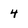
Character: 4